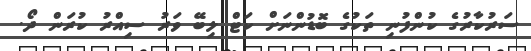
ސަރުކާރުގެ ކުންފުނި ތަކުގެ ބޮޑުންނަށް ކަޓް ލިބޭ ވަރު ސިއްރު ކުރަން ދޯ.